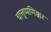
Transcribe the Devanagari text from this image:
चात्तुप्पणिक्कर